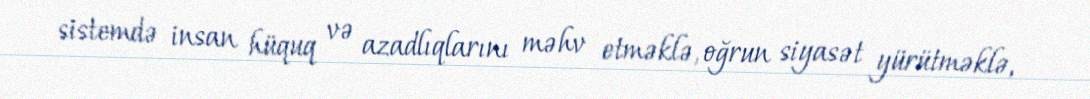
sistemdə insan hüquq və azadlıqlarını məhv etməklə, oğrun siyasət yürütməklə,